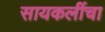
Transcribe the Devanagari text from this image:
सायकलींचा